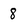
Character: 8